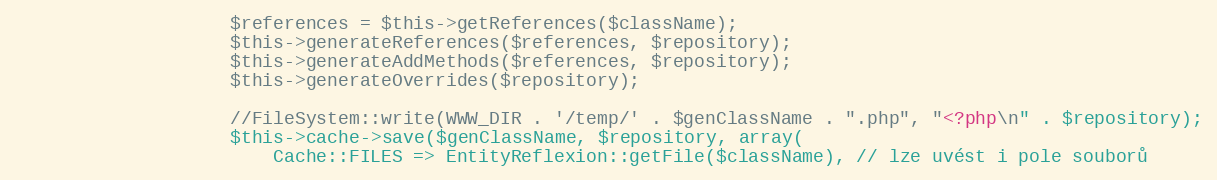
Language: PHP
					$references = $this->getReferences($className);
					$this->generateReferences($references, $repository);
					$this->generateAddMethods($references, $repository);
					$this->generateOverrides($repository);

					//FileSystem::write(WWW_DIR . '/temp/' . $genClassName . ".php", "<?php\n" . $repository);
					$this->cache->save($genClassName, $repository, array(
						Cache::FILES => EntityReflexion::getFile($className), // lze uvést i pole souborů